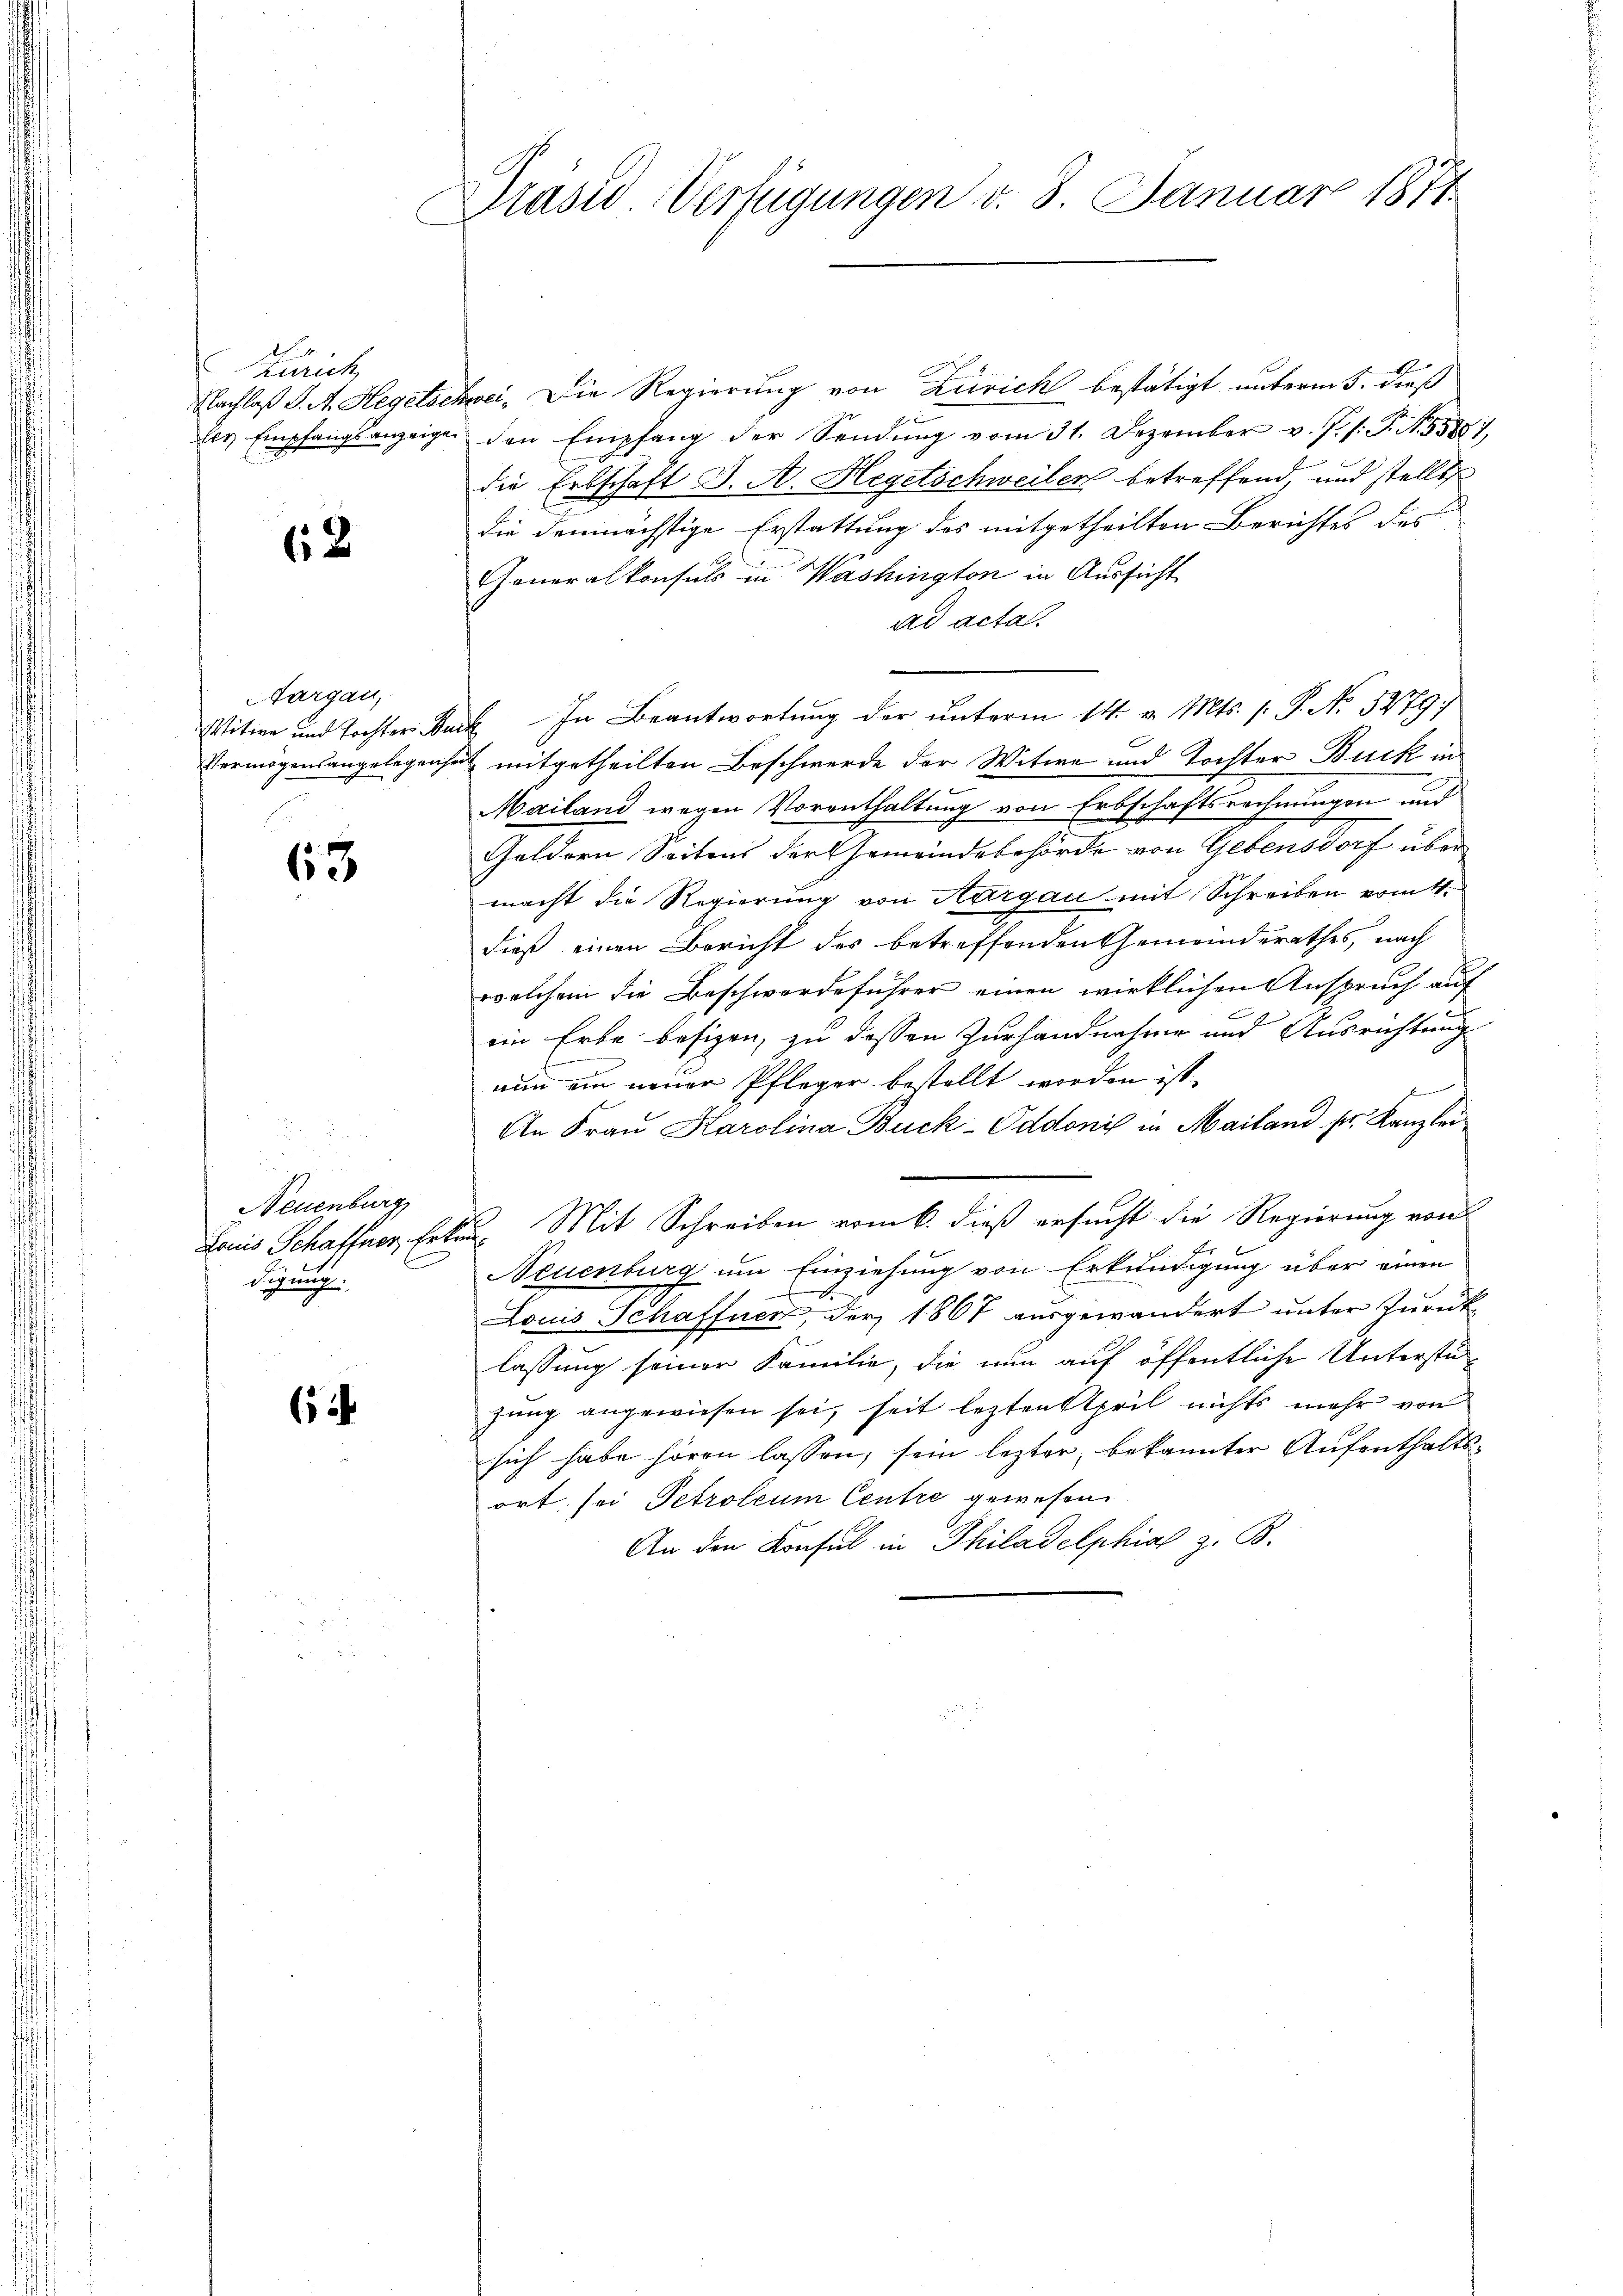
Zürich
Nachlaß S. A. Hegelde.
les Empfangsanzeige

62

Aargau,
Vermögensangelegensei

63

1
Neuenburg
Pacis Schaffner, Ert
digung.

6

Drasio Verfügungen v. 8. Januar 1871

Zwei. Die Regierung von Zürich bestätigt unterm 5. dieß
den Empfang der Sendung vom 31. Dezember v. J. /: P. N. 55887,
die Erbschaft J. A. Hegetschweiler betreffend, und stelles
die demnächstige Erstattung des mitgetheilten Berichtes des
Generalkonsuls in Washington in Aussicht
ad acta.
Witwe und Tochter Dach In Beantwortung der unterm 14. v. Mts. 1. P. No. 5279;
ut mitgetheilten Beschwerde der Witwe und Tochter Buck in
Mailand wegen Vorenthaltung von Erbschaftsrechnungen und
Geldern Seitens der Gemeindebehörde von Gebensdorf über
macht die Regierung von Aargau mit Schreiben vom 4.
dieß einen Bericht des betreffenden Gemeinderathes, nach
welchem die Beschwerdeführer einen wirklichen Anspruch auf
ein Erbe besizen, zu dessen Zurhandnahme und Ausrichtung
nun ein neuer Pfleger bestellt worden ist.
An Frau Karolina Buck-Oddonis in Mailand sr. Kanzlei
22. Mit Schreiben vom 6. dieß ersucht die Regierung von
Neuenburg um Einziehung von Erkundigung über einen
Louis Schaffner, der 1867 ausgewandert unter Zurücklassung seiner Familie, die nun auf öffentliche Unterstüzung angewiesen sei, seit lezten April nichts mehr von
sich habe hören lassen, sein lezter, bekannter Aufenthaltsort sei Petroleum Centre gewesen.
An den Konsul in Philadelphiae z. B.